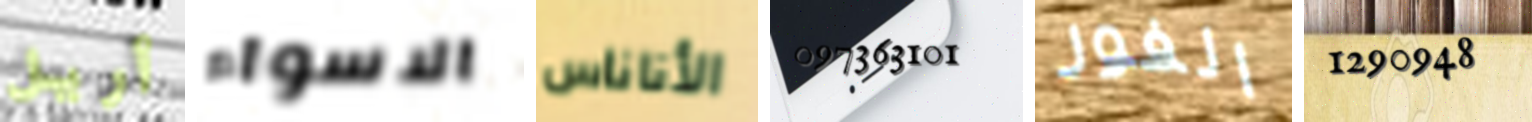
أريل الاسواء الأناناس 097363101 الفور 1290948